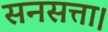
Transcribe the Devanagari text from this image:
सनसत्ता।